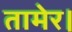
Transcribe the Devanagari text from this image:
तामेर।